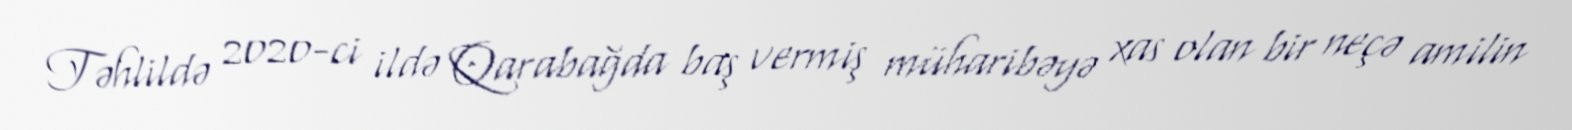
Təhlildə 2020-ci ildə Qarabağda baş vermiş müharibəyə xas olan bir neçə amilin